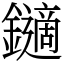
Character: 𨮹